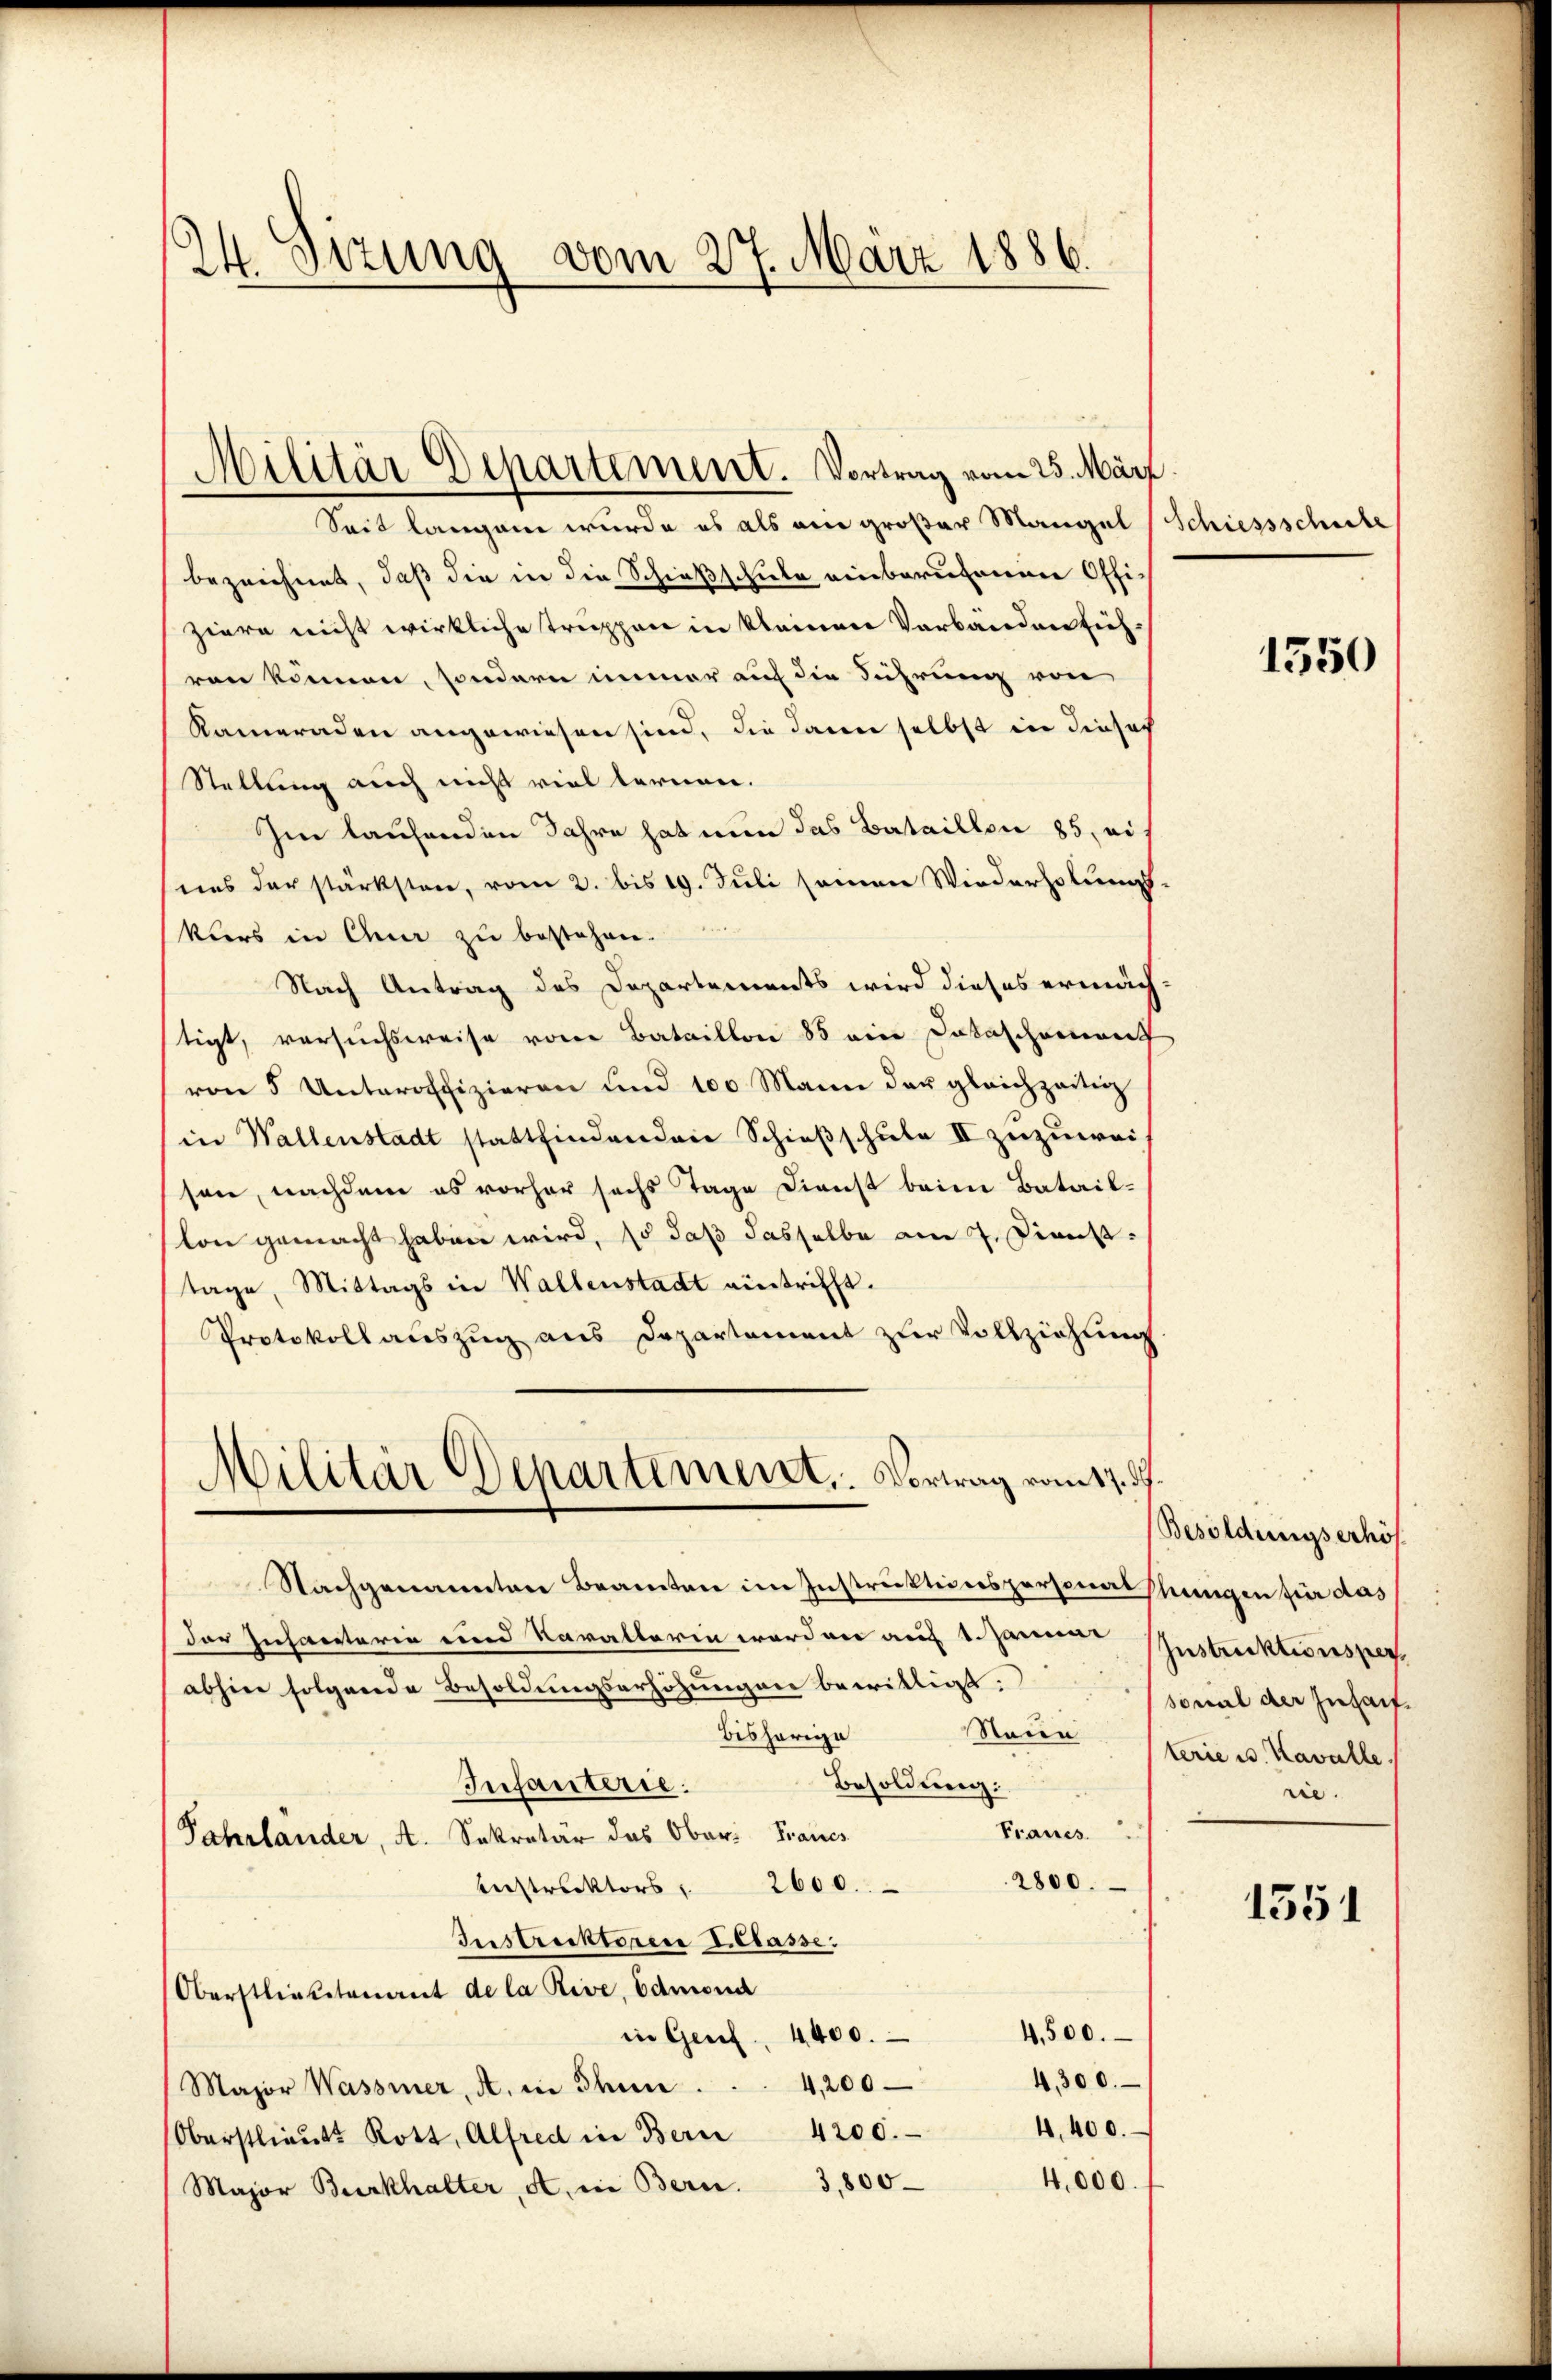
24. Sizung vom 27. März 1886.

Seit langen wurde es als ein großer Mangel (Schiessschule
bezeichnet, daß die in die Schießschule einbarutenin Offiziere nicht wirkliche Truppen in kleinen Verbanden siehren können, sondern immer auf die Führung von
Kameraden angewiesen sind, die davon selbst in dieses
Stellung auch nicht viel lernen.
Im laufenden Jahre hat nun das Bataillon 85, eis
sens der stärksten, vom 2. bis 19. Juli seinen Wiederholungs-
kurs in Quer zu bestehen.
Nach Antrag des Departements wird dieses ermäch-
tigt, versuchsweise von Bataillon 85 ein Detaschement
von 5 Unteroffizieren und 100 Mann der gleichzeitig
in Wallenstadt stattfindenden Schießschule II zuzuweison, nachdem es vorher sechs Tage Dienst beim Batail-
lon gemacht haben wird, so daß dasselbe am 7. Dienst
tage, Mittags in Wallenstadt eintrifft.
Protokollauszug aus Departement zur Vollziehung

Militär Departement. Vortrag vom 25. März

Militär Departement. Vortrag vom 17. ds.

Nachgenannten Beamten im Instruktionspersonal Phinigen für das
der Infanterie ein Karatterin werden auf 1 samme
abhin folgende Besoldungserhöhungen bewilligt:
bisherige
Besoldung:
Infanterie.
Francs.
Fahrländer, A. Sekretär das Ober: Francs
2800.
Instruktors " 2600.
Instrecktoren Classe:
Oberstliebetenant de la Rive, Edmond
4,500.
in Genf. 4400.
4,300.
Major Wassier, A. in Thun . . . 4,200
4,400.
4200.
Oberstlieute Rott, Alfred in Bern
4,000.
Major Burkhalter, a. in Bern. 3,800

1550

Besoldungserhöh
Instruktionsper,
sonal der Inhait¬
Naun, sterie u. Kavalle
rie.

1351